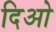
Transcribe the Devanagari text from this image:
दिओ